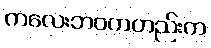
ကလေးဘဝကတည်းက